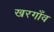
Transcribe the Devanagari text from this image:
खरगाँव